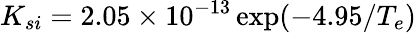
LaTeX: K_{si}=2.05\times 10^{-13}\exp({-4.95/T_{e}})